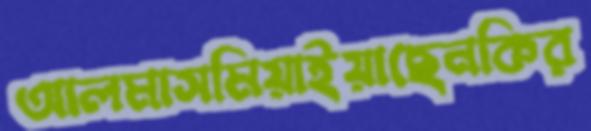
আলমাসমিয়াইয়াছেনকির